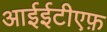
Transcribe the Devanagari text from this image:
आईईटीएफ़